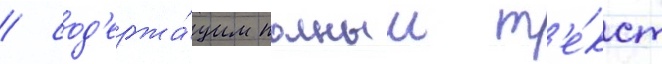
/ сод'ержа́щим полныи т'е́кст